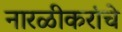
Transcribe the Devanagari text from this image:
नारळीकरांचे